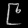
Digit: ၉